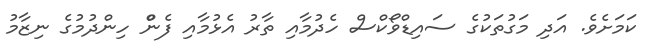
ކަމަށެވެ. އަދި މަގުތަކުގެ ސައިޑްވޯކްސް ހެދުމާއި ތާރު އެޅުމާއި ފެންް ހިންދުމުގެ ނިޒާމު